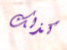
كذلك